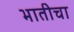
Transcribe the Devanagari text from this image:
भातीचा